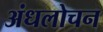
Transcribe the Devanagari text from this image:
अंधलोचन